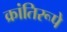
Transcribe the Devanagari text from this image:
क्रांतिरूपे